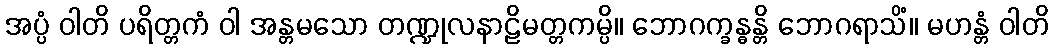
အပ္ပံ ဝါတိ ပရိတ္တကံ ဝါ အန္တမသော တဏ္ဍုလနာဠိမတ္တကမ္ပိ။ ဘောဂက္ခန္ဓန္တိ ဘောဂရာသိံ။ မဟန္တံ ဝါတိ